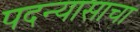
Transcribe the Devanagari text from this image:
पदन्यासाचा